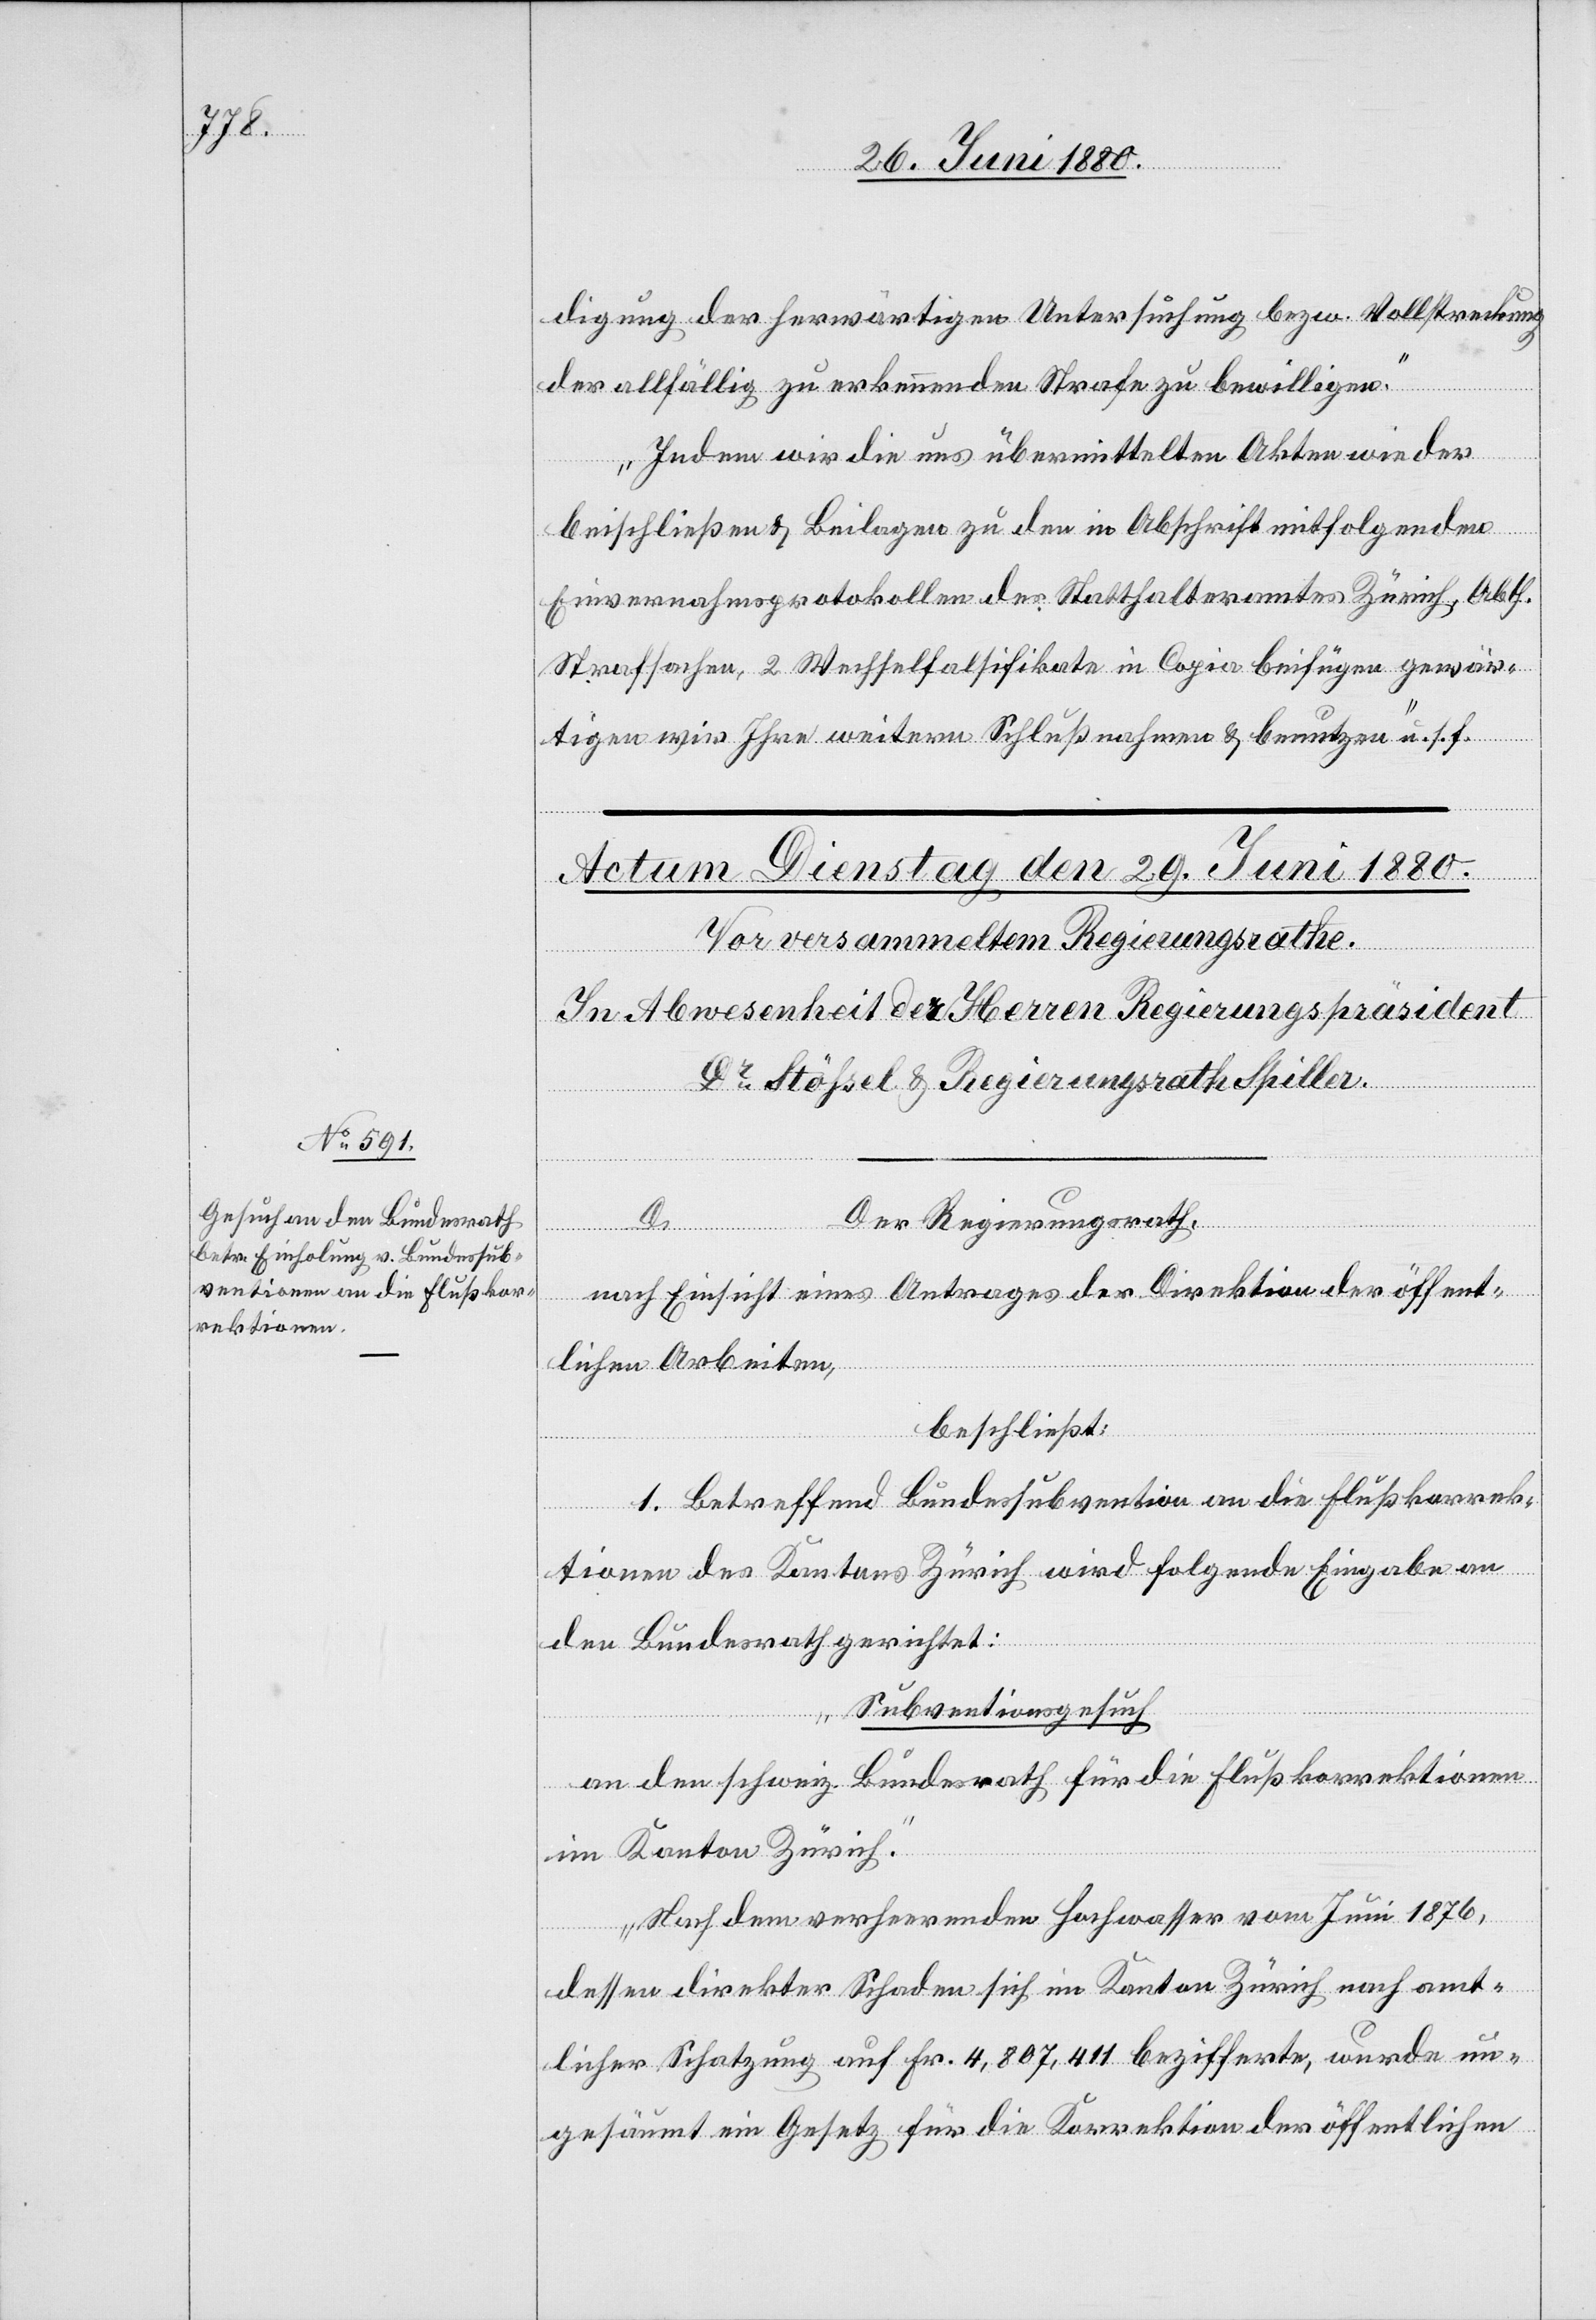
digung der herwärtigen Untersuchung bezw. Vollstreckung
der allfällig zu erkennenden Strafe zu bewilligen.
Indem wir die uns übermittelten Akten wieder
beischließen & Beilagen zu den in Abschrift mitfolgenden
Einvernahmsprotokollen des Statthalteramtes Zürich, Abth.
Strafsachen, 2 Wechselfalsifikate in Copia beifügen gewär¬
tigen wir Ihre weitern Schlußnahmen & benutzen“ u. s. f.
Der Regierungsrath,
nach Einsicht eines Antrages der Direktion der öffent¬
lichen Arbeiten,
beschließt:
1. Betreffend Bundessubventionen an die Flußkorrek¬
tionen des Kantons Zürich wird folgende Eingabe an
den Bundesrath gerichtet:
„Subventionsgesuch.
an den schweiz. Bundesrath für die Flußkorrektionen
im Kanton Zürich.
Nach dem verheerenden Hochwasser vom Juni 1876,
dessen direkter Schaden sich im Kanton Zürich nach amt¬
licher Schätzung auf Fr. 4,807,411 bezifferte, wurde un¬
gesäumt ein Gesetz für die Korrektion der öffentlichen